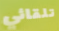
تلقائي